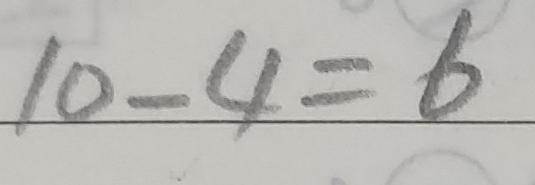
1 0 - 4 = 6